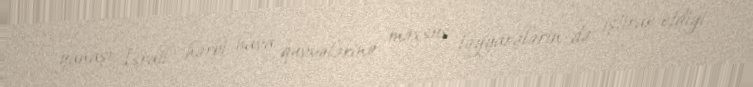
yanaşı İsrail hərbi hava qüvvələrinə məxsus təyyarələrin də iştirak etdiyi